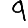
Digit: 9